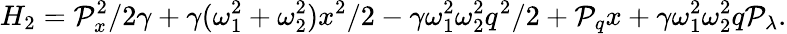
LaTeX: H_{2}=\mathcal{P}_{x}^{2}/2\gamma+\gamma(\omega_{1}^{2}+\omega_{2}^{2})x^{2}/2-\gamma\omega_{1}^{2}\omega_{2}^{2}q^{2}/2+\mathcal{P}_{q}x+\gamma\omega_{1}^{2}\omega_{2}^{2}q\mathcal{P}_{\lambda}.